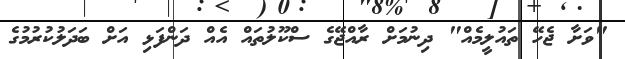
"ވަށާ ޖެހޭ ތައުލީމެއް" ދިނުމަށް ރާއްޖޭގެ ސްކޫލުތައް އެއް ދަންފަޅި އަށް ބަދަލުކުރުމުގެ